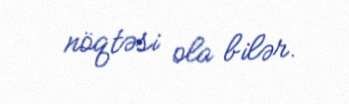
nöqtəsi ola bilər.